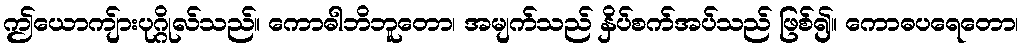
ဤယောကျ်ားပုဂ္ဂိုလ်သည်။ ကောဓါဘိဘူတော၊ အမျက်သည် နှိပ်စက်အပ်သည် ဖြစ်၍။ ကောဓပရေတော၊